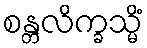
စန္တလိက္ခသ္မိံ